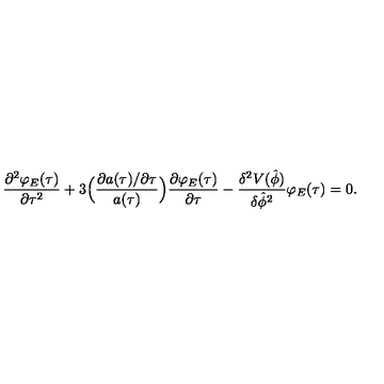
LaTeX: \frac { \partial ^ { 2 } \varphi _ { E } ( \tau ) } { \partial \tau ^ { 2 } } + 3 \Bigl ( \frac { \partial a ( \tau ) / \partial \tau } { a ( \tau ) } \Bigr ) \frac { \partial \varphi _ { E } ( \tau ) } { \partial \tau } - \frac { \delta ^ { 2 } V ( \hat { \phi } ) } { \delta \hat { \phi } ^ { 2 } } \varphi _ { E } ( \tau ) = 0 .